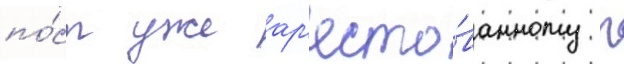
по́ст уже ар'есто́ванному п